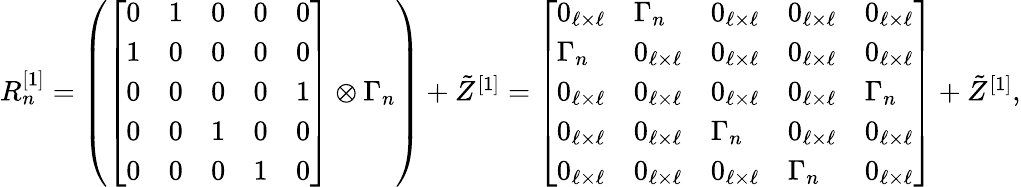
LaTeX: \begin{array}{r}{R_{n}^{[1]}=\left(\left[\begin{array}{lllll}{0}&{1}&{0}&{0}&{0}\\ {1}&{0}&{0}&{0}&{0}\\ {0}&{0}&{0}&{0}&{1}\\ {0}&{0}&{1}&{0}&{0}\\ {0}&{0}&{0}&{1}&{0}\end{array}\right]\otimes\Gamma_{n}\right)+\tilde{Z}^{[1]}=\left[\begin{array}{lllll}{0_{\ell\times\ell}}&{\Gamma_{n}}&{0_{\ell\times\ell}}&{0_{\ell\times\ell}}&{0_{\ell\times\ell}}\\ {\Gamma_{n}}&{0_{\ell\times\ell}}&{0_{\ell\times\ell}}&{0_{\ell\times\ell}}&{0_{\ell\times\ell}}\\ {0_{\ell\times\ell}}&{0_{\ell\times\ell}}&{0_{\ell\times\ell}}&{0_{\ell\times\ell}}&{\Gamma_{n}}\\ {0_{\ell\times\ell}}&{0_{\ell\times\ell}}&{\Gamma_{n}}&{0_{\ell\times\ell}}&{0_{\ell\times\ell}}\\ {0_{\ell\times\ell}}&{0_{\ell\times\ell}}&{0_{\ell\times\ell}}&{\Gamma_{n}}&{0_{\ell\times\ell}}\end{array}\right]+\tilde{Z}^{[1]},}\end{array}